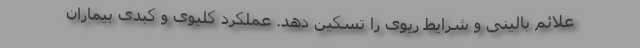
علائم بالینی و شرایط ریوی را تسکین دهد. عملکرد کلیوی و کبدی بیماران